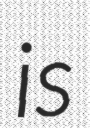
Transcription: is